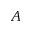
A